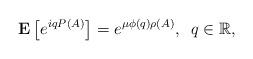
LaTeX: \begin{align*}{\bf{E}} \left[ e^{i q P(A)} \right]=e^{\mu\phi(q)\rho(A)},\,\,\,q\in\mathbb{R},\end{align*}